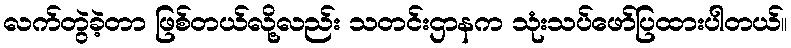
လက်တွဲခဲ့တာ ဖြစ်တယ်လို့လည်း သတင်းဌာနက သုံးသပ်ဖော်ပြထားပါတယ်။